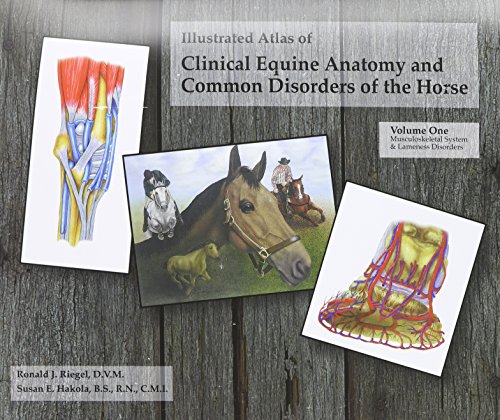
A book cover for Illustrated Atlas of Clinical Equine Anatomy and Common Disorders of the Horse (Vol 1); Ronald Riegel; Medical Books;